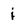
Character: i